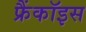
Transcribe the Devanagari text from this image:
फ्रैंकॉइस